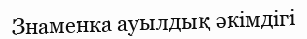
Знаменка ауылдық әкімдігі